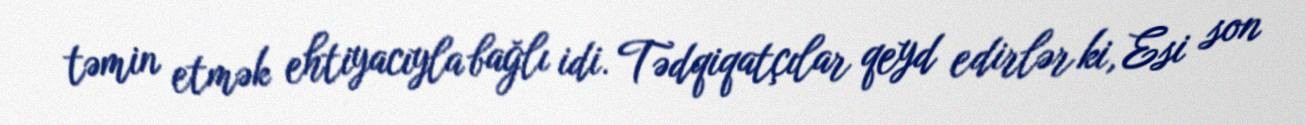
təmin etmək ehtiyacıyla bağlı idi. Tədqiqatçılar qeyd edirlər ki, Esi son